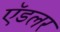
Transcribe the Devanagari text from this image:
ऍडलर